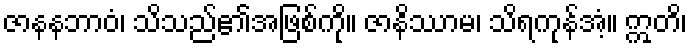
ဇာနနဘာဝံ၊ သိသည်၏အဖြစ်ကို။ ဇာနိဿာမ၊ သိရကုန်အံ့။ ဣတိ၊